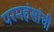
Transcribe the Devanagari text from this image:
परमहंसांची